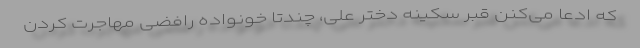
که ادعا می‌کنن قبر سکینه دختر علیِ، چندتا خونواده رافضی مهاجرت کردن